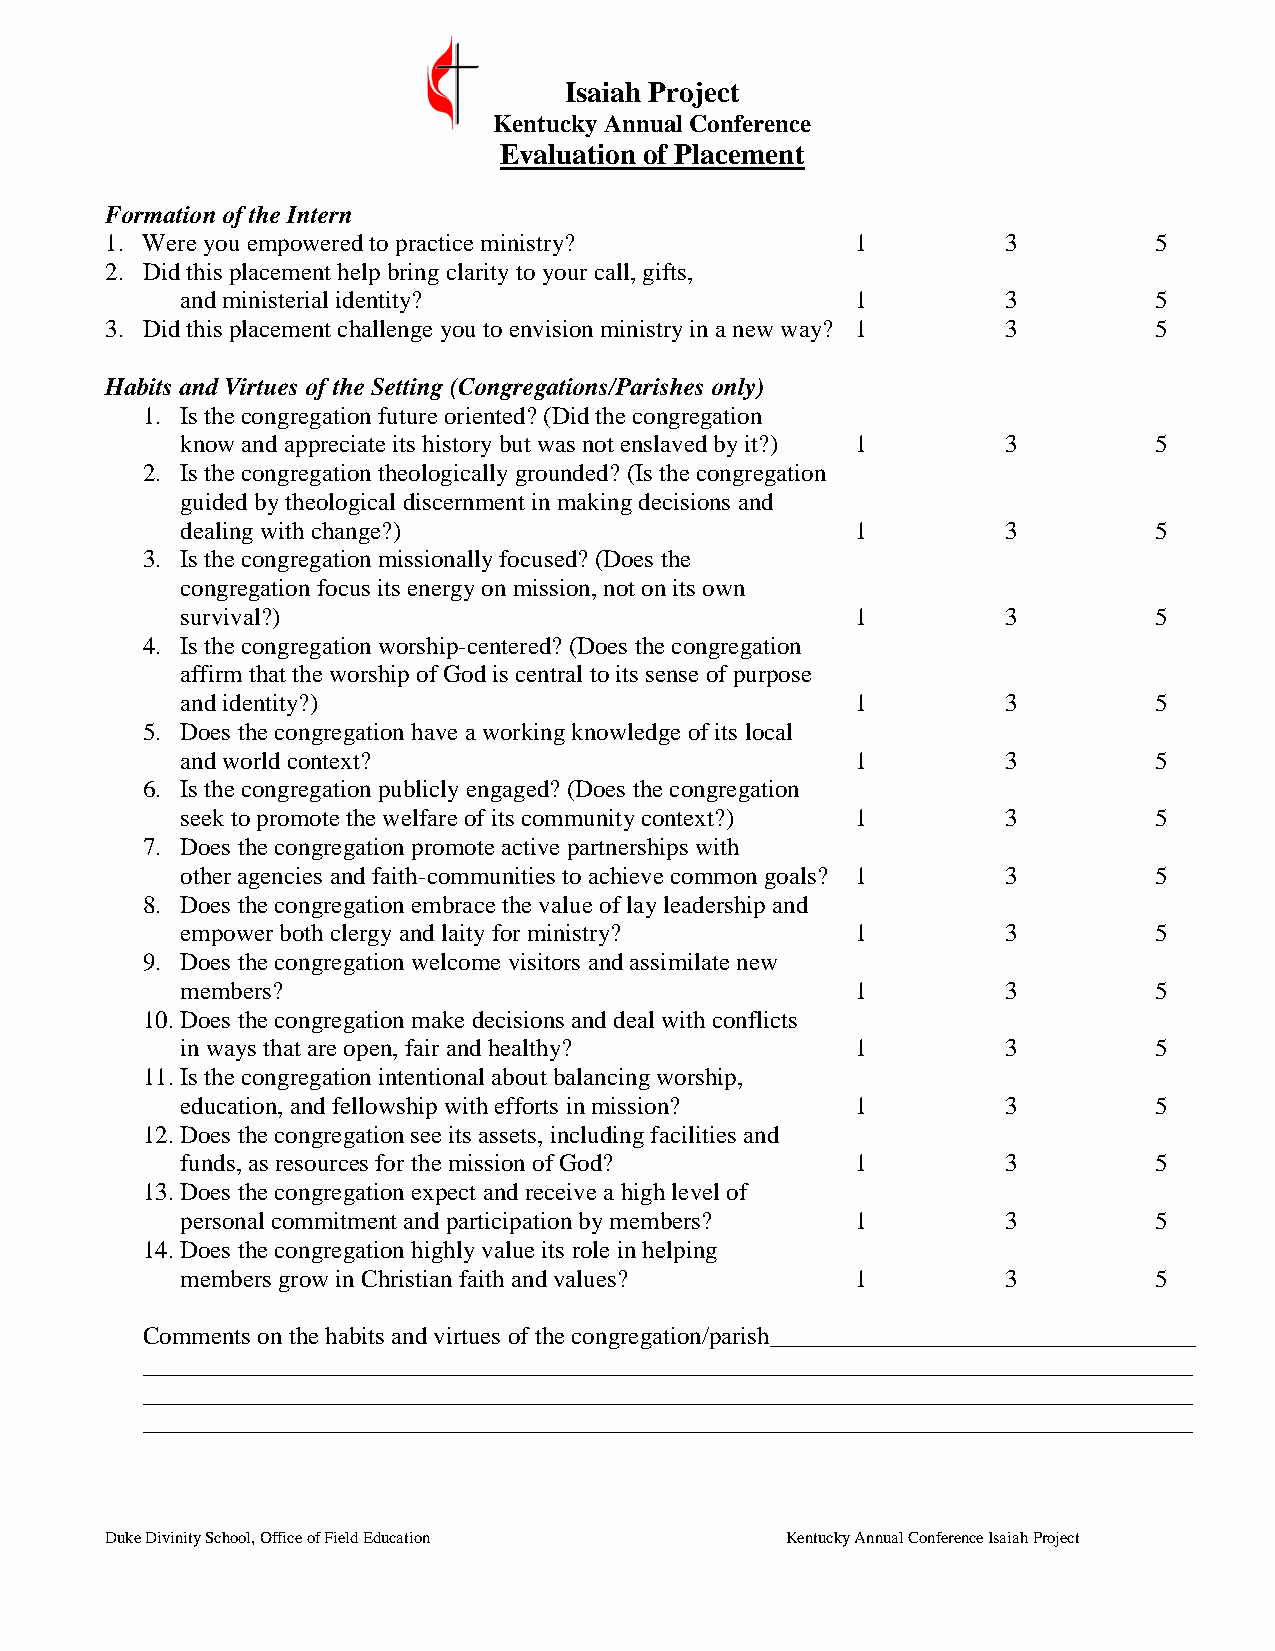
Isaiah Project
 Kentucky Annual Conference
 Evaluation of Placement
 Formation of the Intern
 1. Were you empowered to practice ministry?       1         3        5
 2. Did this placement help bring clarity to your call, gifts,
 and ministerial identity?                    1         3        5
 3. Did this placement challenge you to envision ministry in a new way? 1 3 5
 Habits and Virtues of the Setting (Congregations/Parishes only)
 1. Is the congregation future oriented? (Did the congregation
 know and appreciate its history but was not enslaved by it?) 1 3 5
 2. Is the congregation theologically grounded? (Is the congregation
 guided by theological discernment in making decisions and
 dealing with change?)                        1         3        5
 3. Is the congregation missionally focused? (Does the
 congregation focus its energy on mission, not on its own
 survival?)                                   1         3        5
 4. Is the congregation worship-centered? (Does the congregation
 affirm that the worship of God is central to its sense of purpose
 and identity?)                               1         3        5
 5. Does the congregation have a working knowledge of its local
 and world context?                           1         3        5
 6. Is the congregation publicly engaged? (Does the congregation
 seek to promote the welfare of its community context?) 1 3      5
 7. Does the congregation promote active partnerships with
 other agencies and faith-communities to achieve common goals? 1 3 5
 8. Does the congregation embrace the value of lay leadership and
 empower both clergy and laity for ministry?  1         3        5
 9. Does the congregation welcome visitors and assimilate new
 members?                                     1         3        5
 10. Does the congregation make decisions and deal with conflicts
 in ways that are open, fair and healthy?     1         3        5
 11. Is the congregation intentional about balancing worship,
 education, and fellowship with efforts in mission? 1   3        5
 12. Does the congregation see its assets, including facilities and
 funds, as resources for the mission of God?  1         3        5
 13. Does the congregation expect and receive a high level of
 personal commitment and participation by members? 1    3        5
 14. Does the congregation highly value its role in helping
 members grow in Christian faith and values?  1         3        5
 Comments on the habits and virtues of the congregation/parish__________________________________
 ____________________________________________________________________________________
 ____________________________________________________________________________________
 ____________________________________________________________________________________
 Duke Divinity School, Office of Field Education Kentucky Annual Conference Isaiah Project